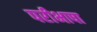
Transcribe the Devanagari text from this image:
परीभाषा